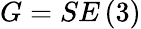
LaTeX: G=SE\left(3\right)